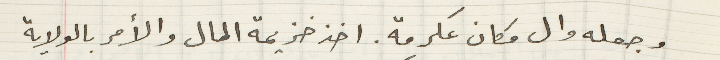
وجعله وال مكان عكرمة. اخذ خزيمة المال والأمر بالولاية